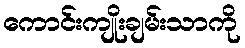
ကောင်းကျိုးချမ်းသာကို